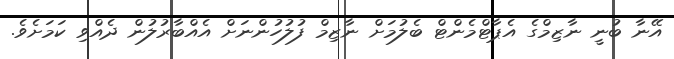
އޭނާ ބުނީ ނާޒިމްގެ އެޕާޓްމެންޓް ބެލުމަށް ނާޒިމް ފުލުހުންނަށް އެއްބާރުލުން ދެއްވި ކަމަށެވެ.